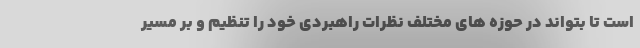
است تا بتواند در حوزه های مختلف نظرات راهبردی خود را تنظیم و بر مسیر